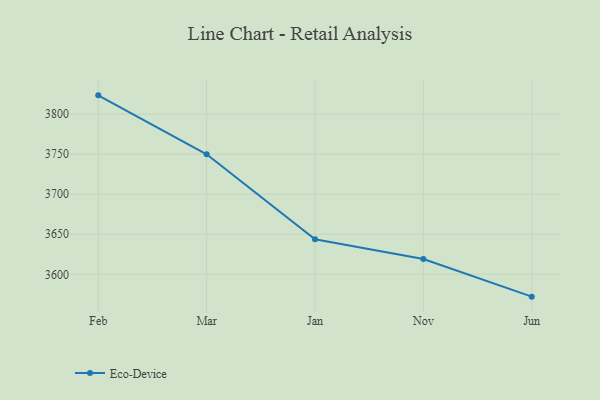
{"axis": {"x": "Month", "y": "Inventory Turnover"}, "legend": ["Eco-Device"], "data": [{"x": "Feb", "y": 3823.5, "type": "Eco-Device"}, {"x": "Mar", "y": 3749.9, "type": "Eco-Device"}, {"x": "Jan", "y": 3643.7, "type": "Eco-Device"}, {"x": "Nov", "y": 3619.2, "type": "Eco-Device"}, {"x": "Jun", "y": 3572.1, "type": "Eco-Device"}]}